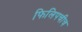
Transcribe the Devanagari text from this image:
फिलिपचीच